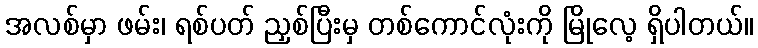
အလစ်မှာ ဖမ်း၊ ရစ်ပတ် ညှစ်ပြီးမှ တစ်ကောင်လုံးကို မြိုလေ့ ရှိပါတယ်။